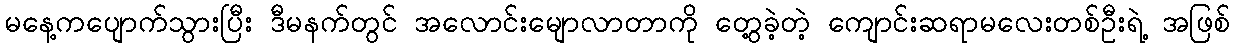
မနေ့ကပျောက်သွားပြီး ဒီမနက်တွင် အလောင်းမျောလာတာကို တွေ့ခဲ့တဲ့ ကျောင်းဆရာမလေးတစ်ဦးရဲ့ အဖြစ်